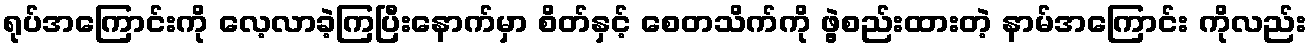
ရုပ်အကြောင်းကို လေ့လာခဲ့ကြပြီးနောက်မှာ စိတ်နှင့် စေတသိက်ကို ဖွဲ့စည်းထားတဲ့ နာမ်အကြောင်း ကိုလည်း